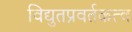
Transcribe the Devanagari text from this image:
विद्युतप्रवर्तकत्व